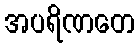
အပရိဏတေ